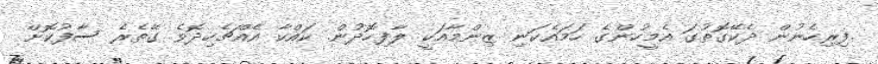
.ފިރިހެނުން ދެކޭގޮތުގަ އެމީހުންގެ ހަމައެކަނި ޒިންމާއަކީ ލާފިހޮދުން. ކައްކާ އެއްޗެހިދޮވެ ގޭތެރެ ސާފުކޮށް